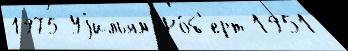
1975 Уjильям Ро́б'ерт 1951